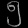
Digit: ၅